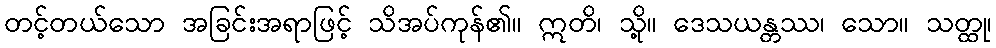
တင့်တယ်သော အခြင်းအရာဖြင့် သိအပ်ကုန်၏။ ဣတိ၊ သို့။ ဒေသယန္တဿ၊ သော။ သတ္ထု၊